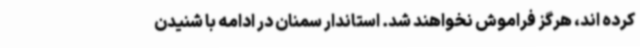
کرده اند، هرگز فراموش نخواهند شد. استاندار سمنان در ادامه با شنیدن